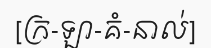
[ក្រ-ឡា-គំ-នាល់]